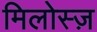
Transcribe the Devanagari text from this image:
मिलोस्ज़